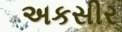
અકસીર